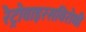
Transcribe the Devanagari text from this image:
रेट्रोवाइरसविरोधी